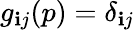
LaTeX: g_{\mathbf{i}j}(p)=\delta_{\mathbf{i}j}